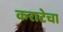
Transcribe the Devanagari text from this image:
कराटेचा